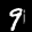
Label: 9